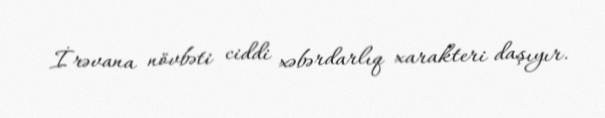
İrəvana növbəti ciddi xəbərdarlıq xarakteri daşıyır.